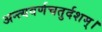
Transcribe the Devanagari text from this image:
अन्त्यवर्णचतुर्दशम्।